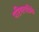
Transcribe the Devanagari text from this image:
परिषत्पत्रिके